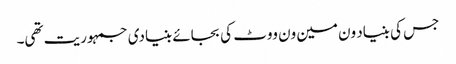
جس کی بنیاد ون مین ون ووٹ کی بجائے بنیادی جمہوریت تھی۔